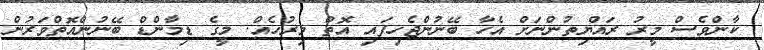
ކާންވެސް މީރު ރައްޔިތުންނަށް އެހާ ބޭނުންޖެހިފައި އޮތް މިރުހެއް. މީގެ ޑިމާންޑް ބޭނުންއޮތްވަރުން